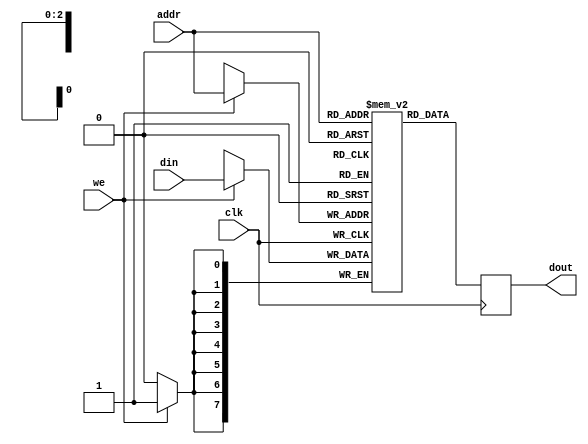

module ramSinglePort#
(
	parameter DATA_WIDTH = 8,
	parameter ADDR_WIDTH = 3,
	parameter DEPTH = 8 
)
(
	input clk,
	input we, 
	input [DATA_WIDTH-1:0]din, 
	input [ADDR_WIDTH-1:0]addr,
	output reg [DATA_WIDTH-1:0]dout
);

reg [DATA_WIDTH-1:0]ram[DEPTH-1:0]; 

always@(posedge clk)
begin 
	if(we)
		ram[addr] <= din; 
	dout <= ram[addr];
end
endmodule